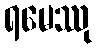
ရမေဿု